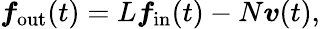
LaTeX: \boldsymbol{f}_{\mathrm{out}}(t)=L\boldsymbol{f}_{\mathrm{in}}(t)-N\boldsymbol{v}(t),